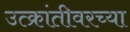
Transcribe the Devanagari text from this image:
उत्क्रांतीवरच्या